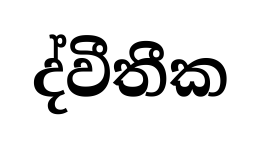
ද්වීතීක